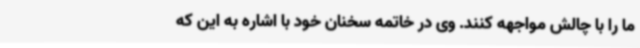
ما را با چالش مواجهه کنند. وی در خاتمه سخنان خود با اشاره به این که